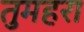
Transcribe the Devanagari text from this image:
तुमहरा